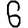
Digit: 6